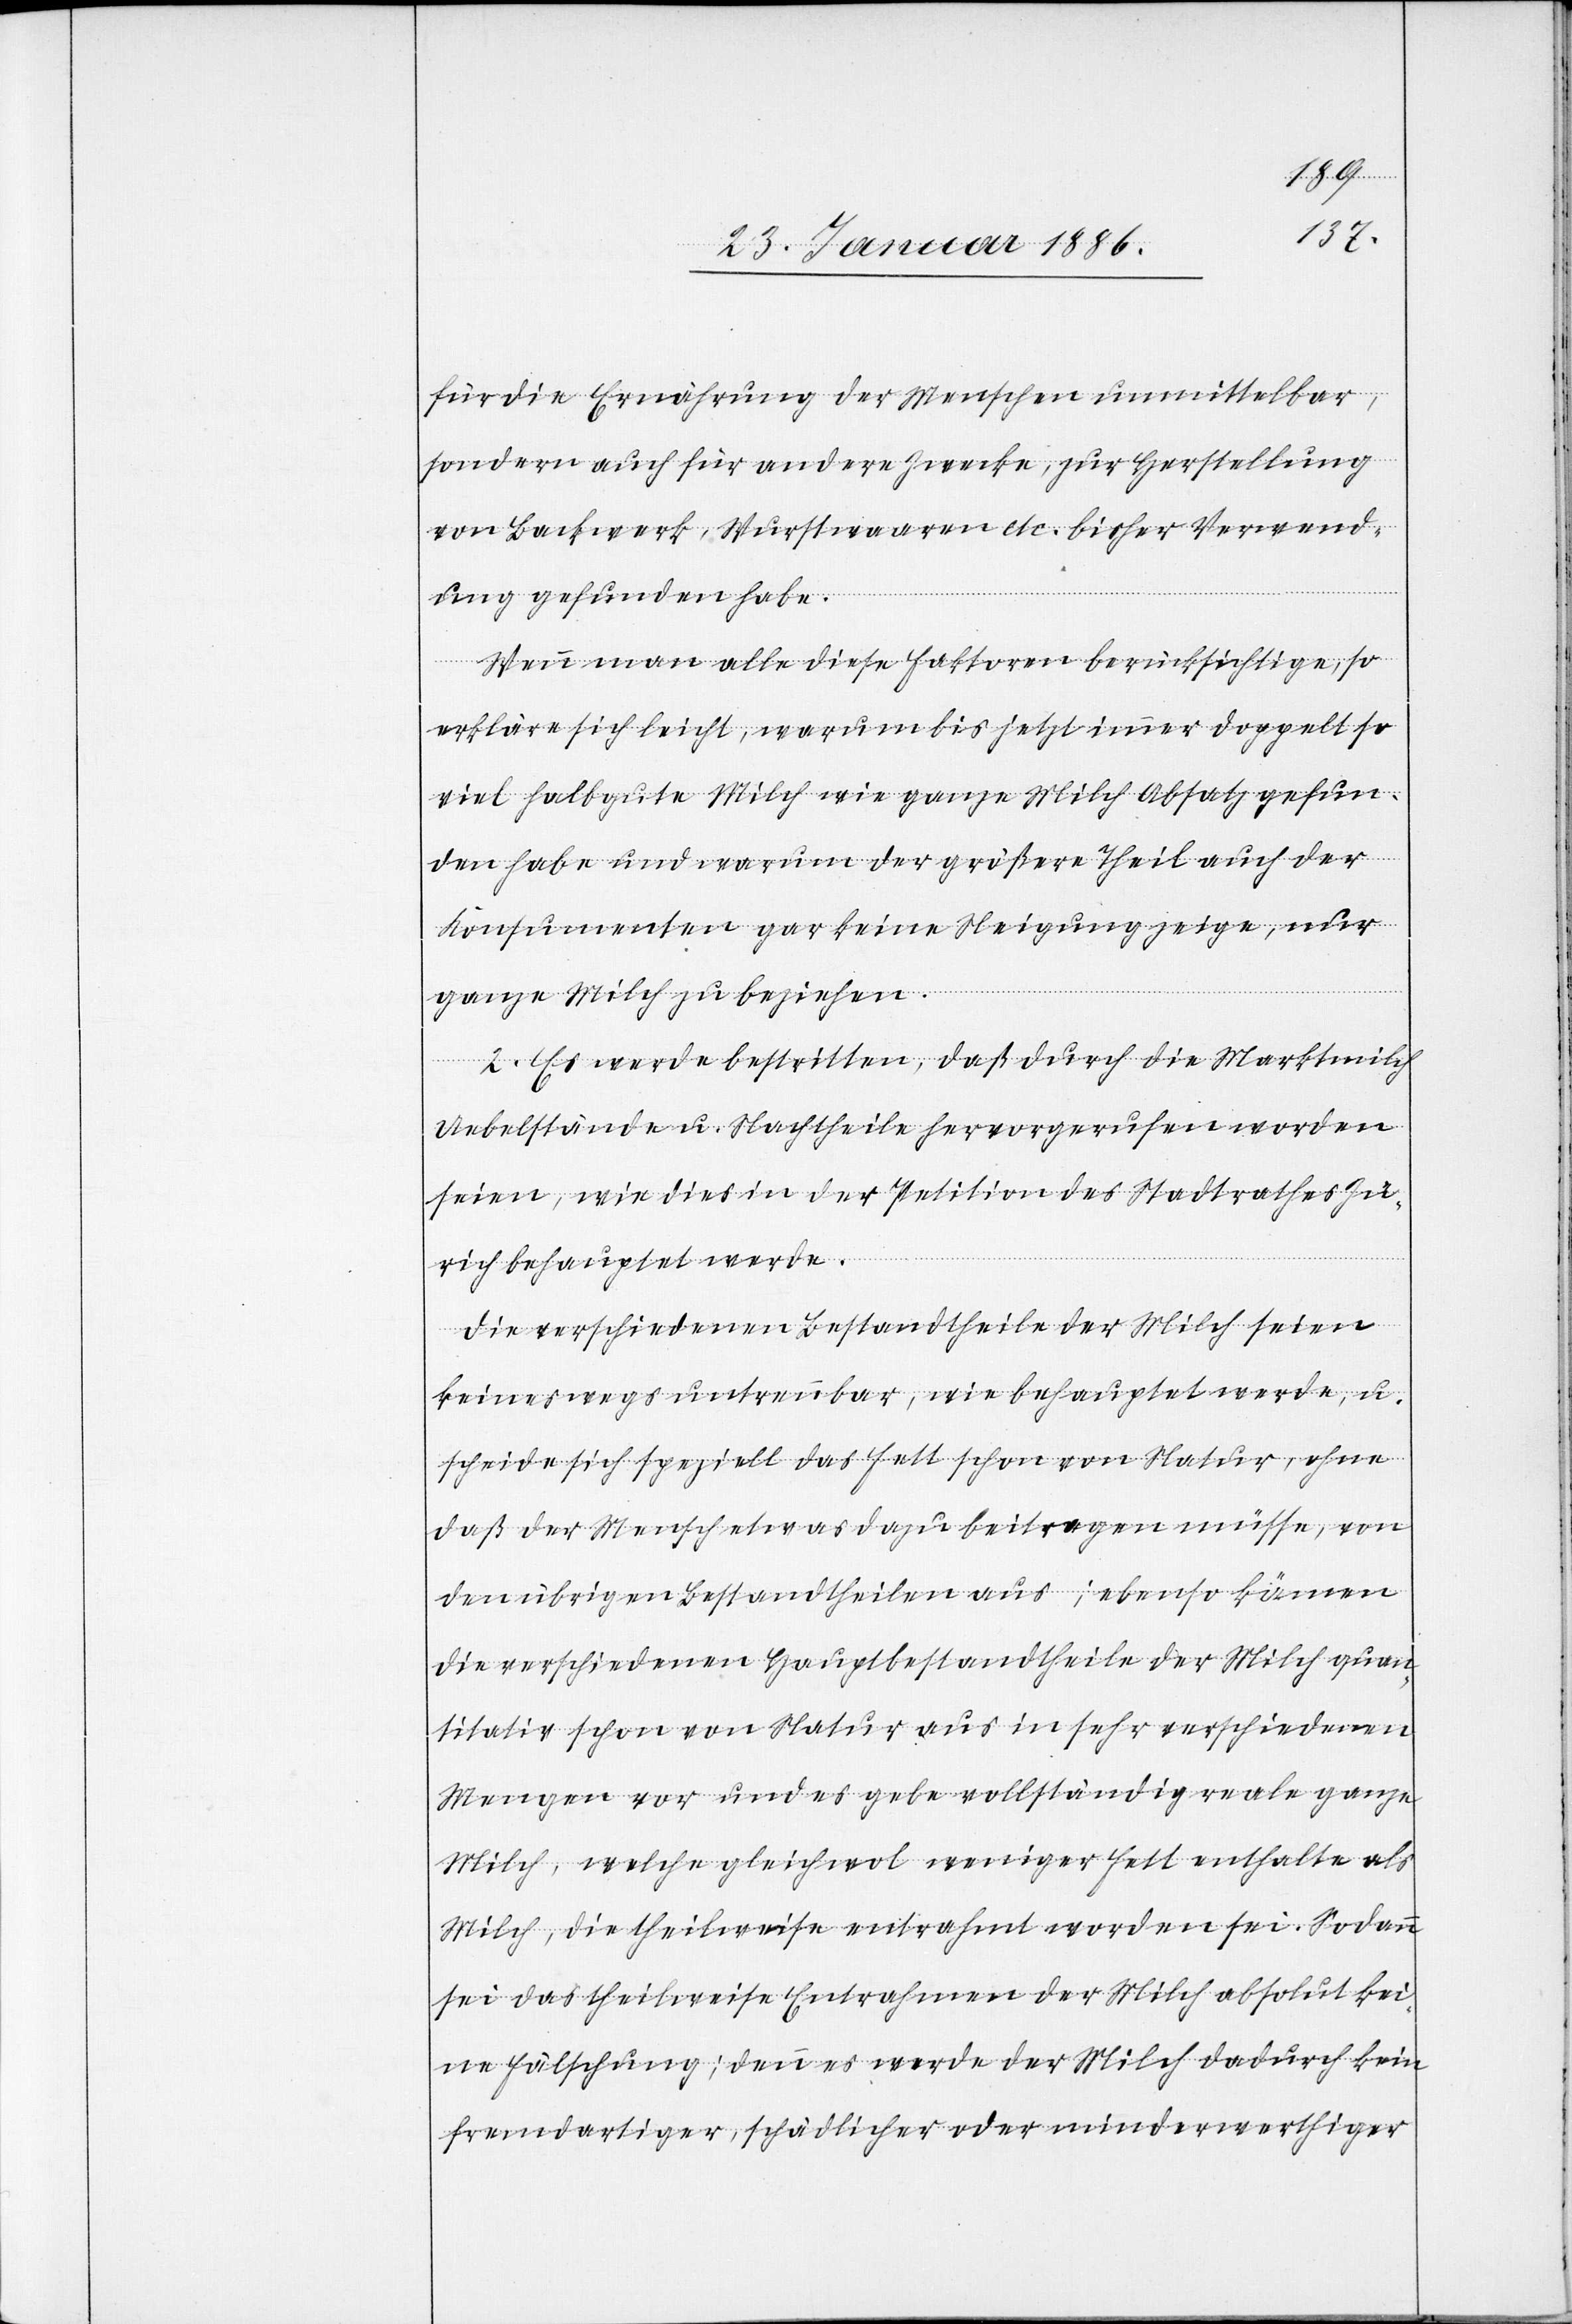
für die Ernährung der Menschen unmittelbar,
sondern auch für andere Zwecke, zur Herstellung
von Backwerk, Wurstwaaren etc. bisher Verwend¬
ung gefunden habe.
Wenn man alle diese Faktoren berücksichtige, so
erkläre sich leicht, warum bis jetzt immer doppelt so
viel halbgute Milch wie ganze Milch Absatz gefun¬
den habe und warum der größere Theil auch der
Konsumenten gar keine Neigung zeige, nur
ganze Milch zu beziehen.
2. Es werde bestritten, daß durch die Marktmilch
Uebelstände u. Nachtheile hervorgerufen worden
seien, wie dies in der Petition des Stadtrathes Zü¬
rich behauptet werde.
Die verschiedenen Bestandtheile der Milch seien
keineswegs untrennbar, wie behauptet werde, u.
scheide sich speziell das Fett schon von Natur, ohne
daß der Mensch etwas dazu beitragen müsse, von
den übrigen Bestandtheilen aus; ebenso kämen
die verschiedenen Hauptbestandtheile der Milch quan¬
titativ schon von Natur aus in sehr verschiedenen
Mengen vor und es gebe vollständig reale ganze
Milch, welche gleichwol weniger Fett enthalte als
Milch, die theilweise entrahmt worden sei. Sodann
sei das theilweise Entrahmen der Milch absolut kei¬
ne Fälschung; denn es werde der Milch dadurch kein
fremdartiger, schädlicher oder minderwerthiger